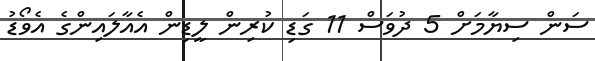
ސަން ސިޔާމަށް 5 ދުވަސް 11 ގަޑި ކުރިން ލީޑިން އެއާލައިންގެ އެވޯޑު